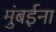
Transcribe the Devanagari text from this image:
मुंबईना